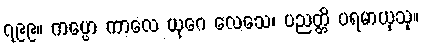
၇၉၉။ ကပ္ပော ကာလေ ယုဂေ လေသေ၊ ပညတ္တိ ပရမာယုသု။